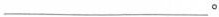
___。